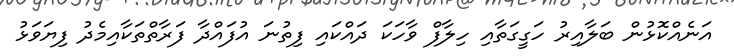
އަނެއްކޮޅުން ބަލާއިރު ހަގީގަތާއި ހިލާފް ވާހަކަ ދައްކައި ފިތުނަ އުފައްދާ ފަރާތްތަކާއިމެދު ފިޔަވަޅު